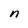
Character: n